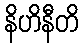
နိဟိနီတိ